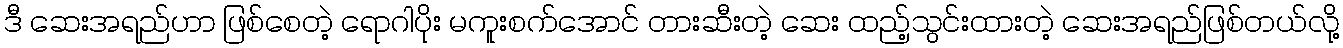
ဒီ ဆေးအရည်ဟာ ဖြစ်စေတဲ့ ရောဂါပိုး မကူးစက်အောင် တားဆီးတဲ့ ဆေး ထည့်သွင်းထားတဲ့ ဆေးအရည်ဖြစ်တယ်လို့